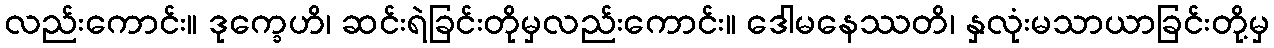
လည်းကောင်း။ ဒုက္ခေဟိ၊ ဆင်းရဲခြင်းတိုမှလည်းကောင်း။ ဒေါမနေဿတိ၊ နှလုံးမသာယာခြင်းတို့မှ